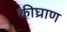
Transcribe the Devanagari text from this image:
कीघ्राण